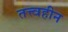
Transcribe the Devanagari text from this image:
तत्त्वहीन